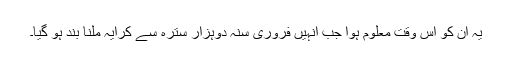
یہ ان کو اس وقت معلوم ہوا جب انہیں فروری سنہ دوہزار سترہ سے کرایہ ملنا بند ہو گیا۔